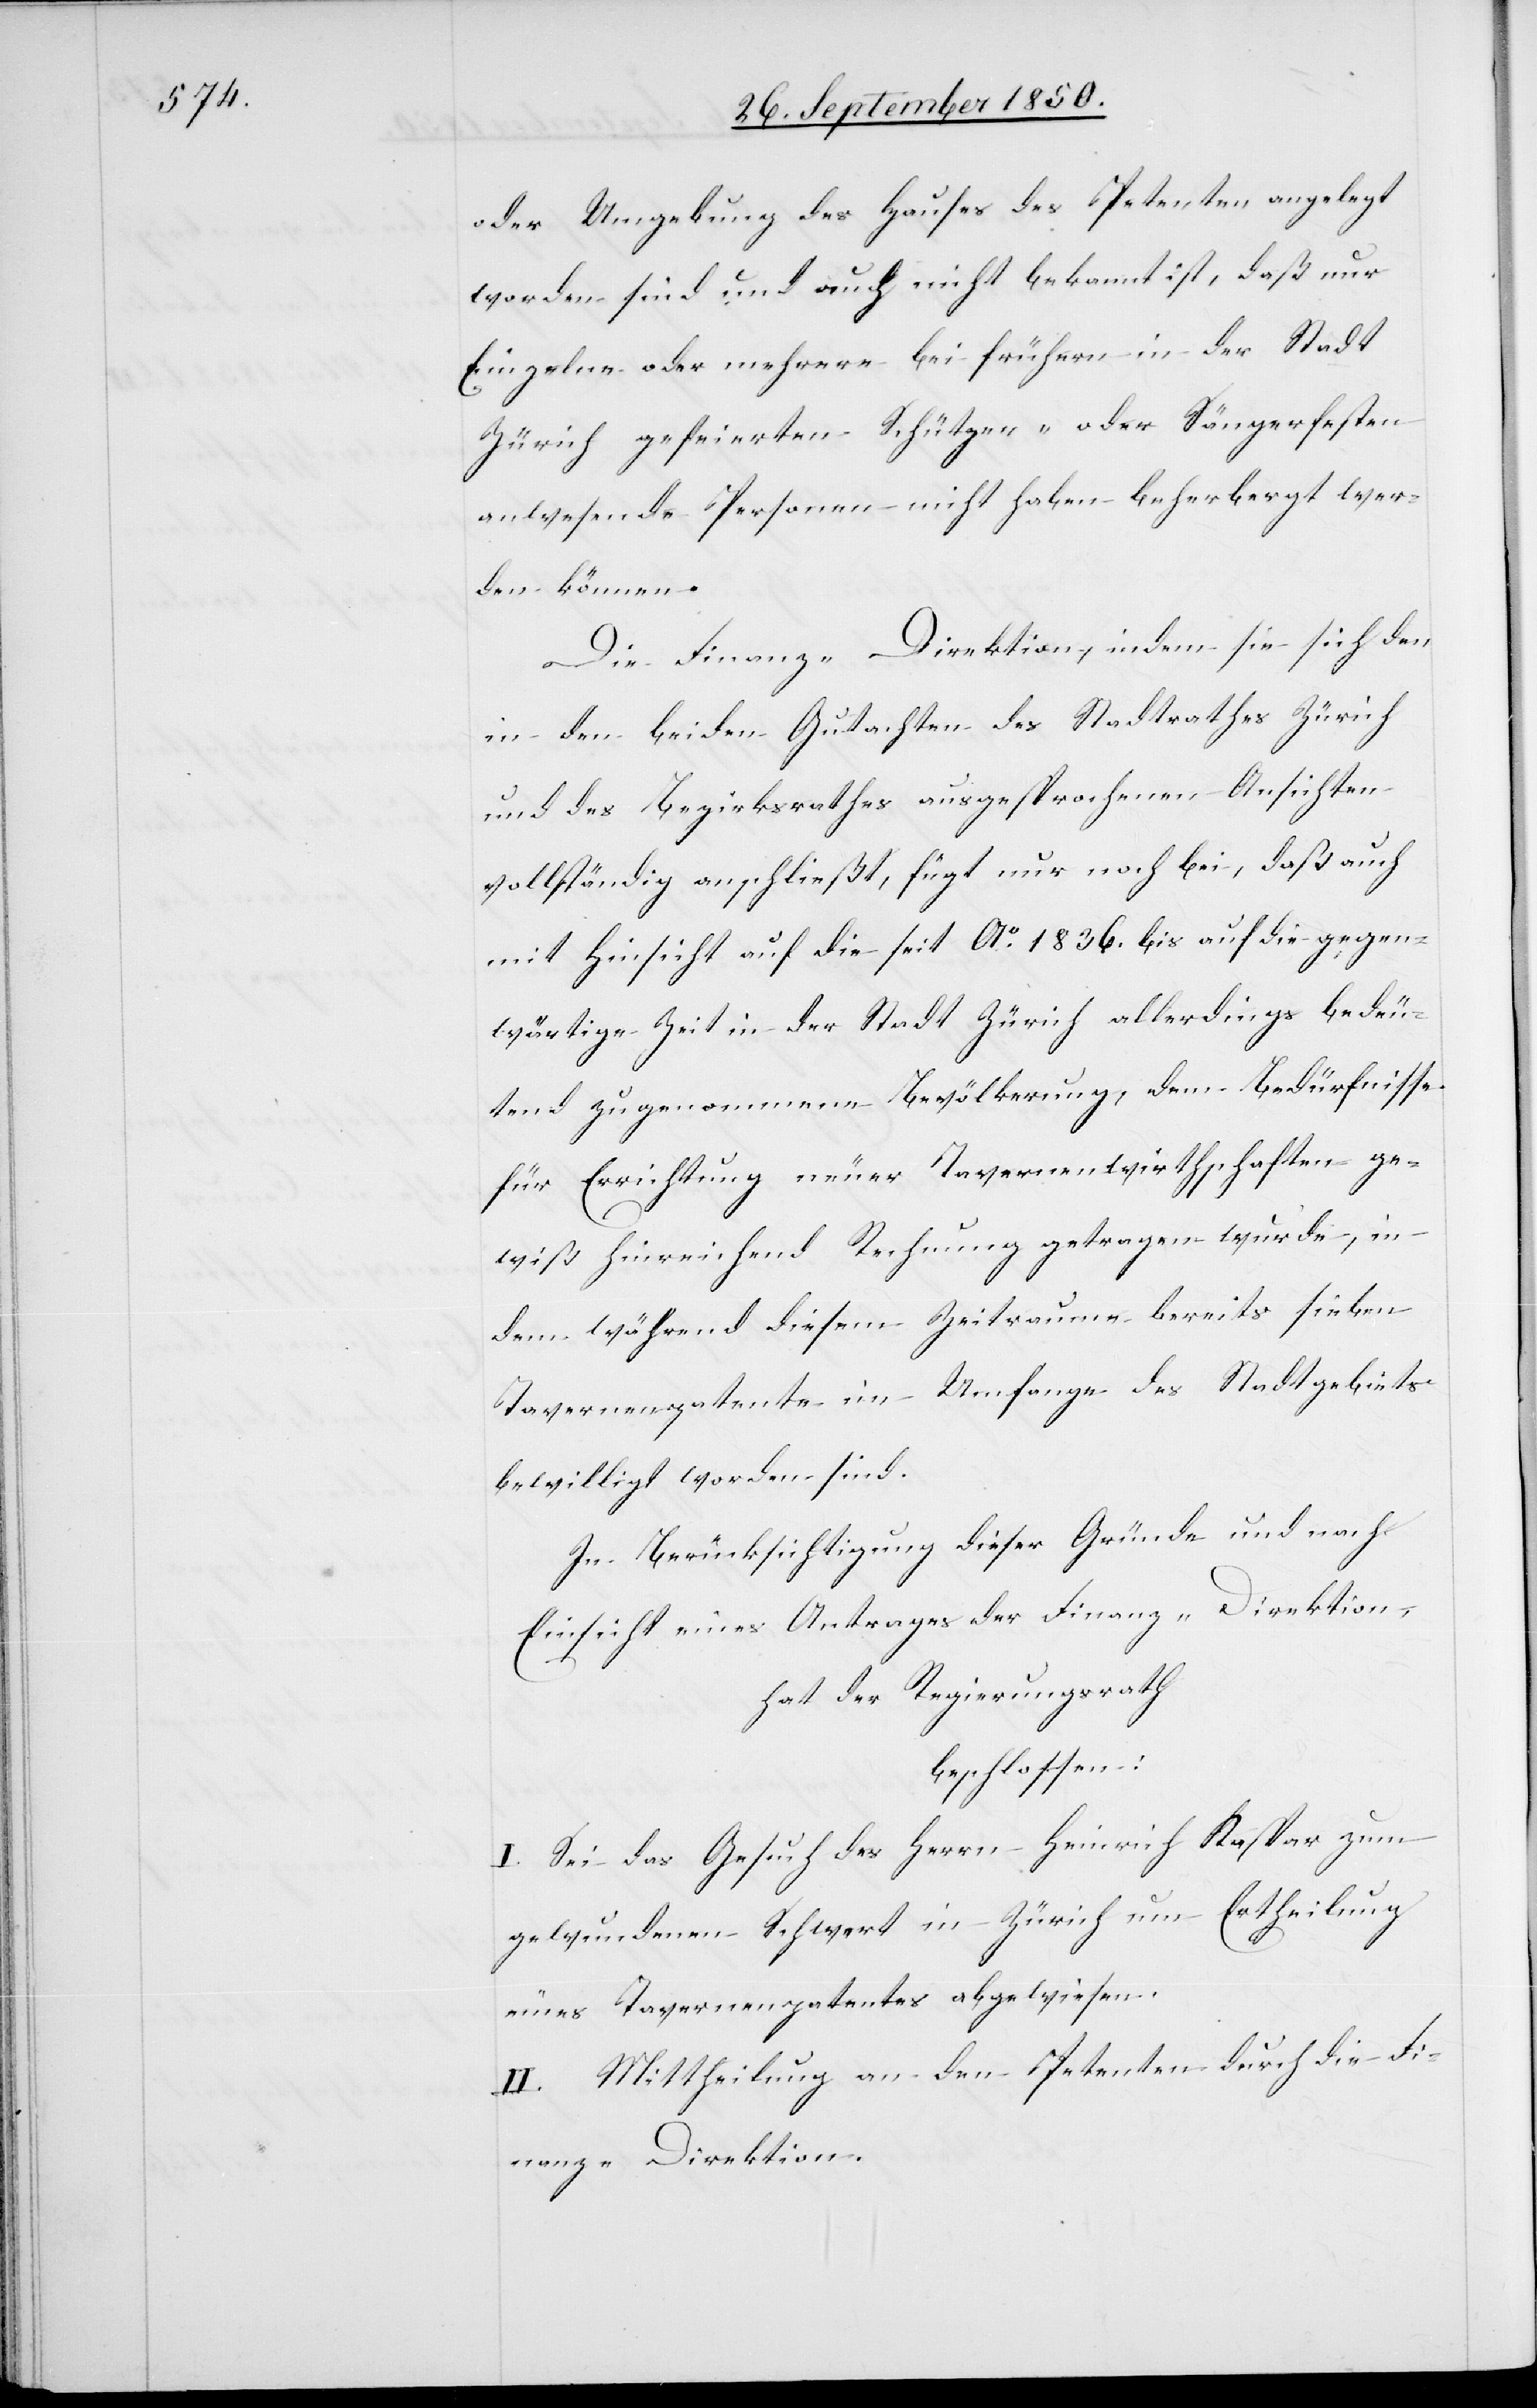
oder Umgebung des Hauses des Petenten angelegt
worden sind und auch nicht bekannt ist, daß nur
Einzelne oder mehrere bei frühern in der Stadt
Zürich gefeierten Schützen- oder Sängerfesten
anwesende Personen nicht haben beherbergt wer¬
den können.
Die Finanz-Direktion, indem sie sich den
in den beiden Gutachten des Stadtrathes Zürich
und des Bezirksrathes ausgesprochenen Ansichten
vollständig anschließt, fügt nur noch bei, daß auch
mit Hinsicht auf die seit Ao. 1836. bis auf die gegen¬
wärtige Zeit in der Stadt Zürich allerdings bedeu¬
tend zugenommene Bevölkerung, dem Bedürfnisse
für Errichtung neuer Tavernenwirthschaften ge¬
wiß hinreichend Rechnung getragen wurde, in¬
dem während diesem Zeitraume bereits sieben
Tavernenpatente im Umfange des Stadtgebiets
bewilligt worden sind.
In Berücksichtigung dieser Gründe und nach
Einsicht eines Antrages der Finanz-Direktion,
hat der Regierungsrath
beschlossen:
I. Sei das Gesuch des Herrn Heinrich Kaspar zum
gewundenen Schwert in Zürich um Ertheilung
eines Tavernenpatentes abgewiesen.
II. Mittheilung an den Petenten durch die Fi¬
nanz-Direktion.